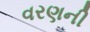
વરણની